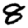
Digit: 8